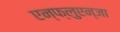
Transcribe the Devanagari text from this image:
एन्फ्लुएन्जा